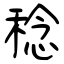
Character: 稔